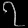
Digit: ၇